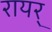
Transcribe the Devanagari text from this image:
रायर्